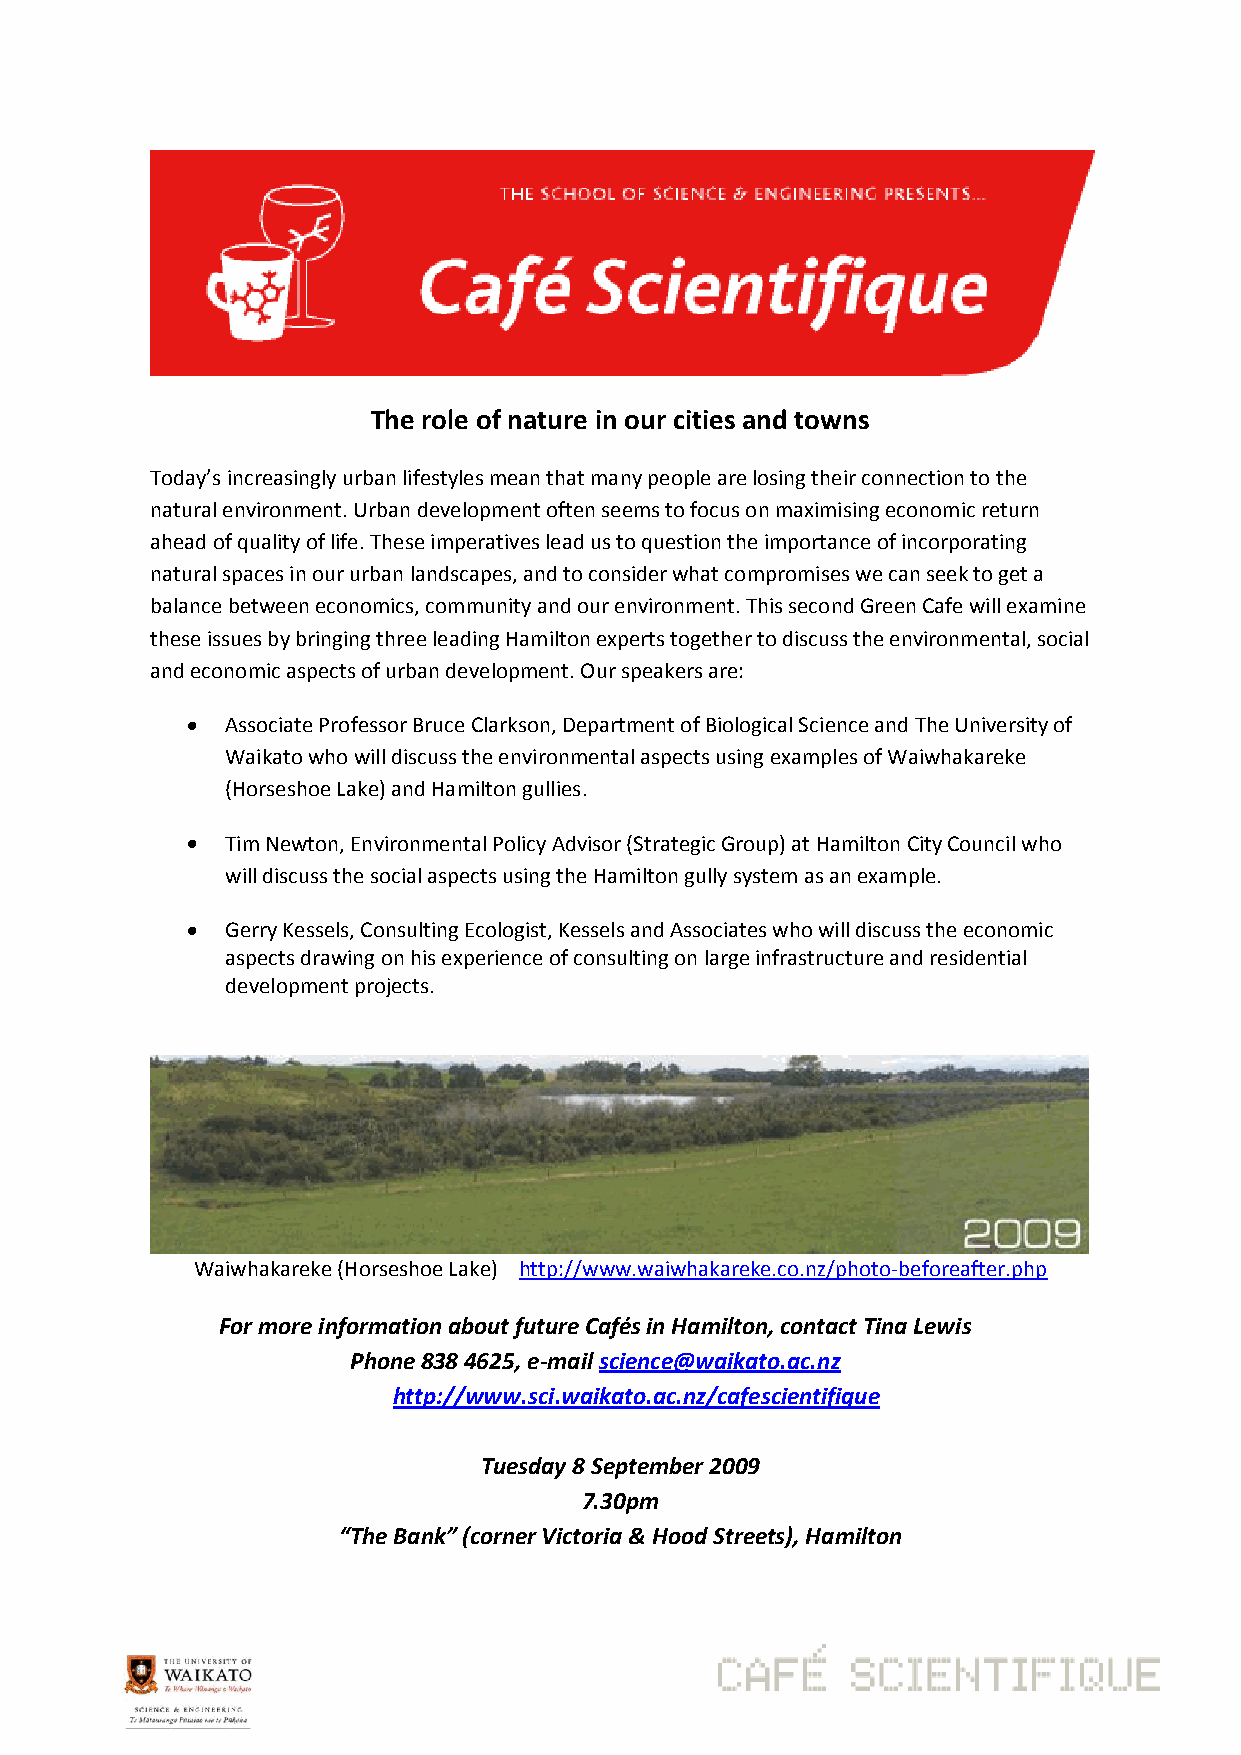
The role of nature in our cities and towns
 Today’s increasingly urban lifestyles mean that many people are losing their connection to the
 natural environment. Urban development often seems to focus on maximising economic return
 ahead of quality of life. These imperatives lead us to question the importance of incorporating
 natural spaces in our urban landscapes, and to consider what compromises we can seek to get a
 balance between economics, community and our environment. This second Green Cafe will examine
 these issues by bringing three leading Hamilton experts together to discuss the environmental, social
 and economic aspects of urban development. Our speakers are:
 Associate Professor Bruce Clarkson, Department of Biological Science and The University of
 Waikato who will discuss the environmental aspects using examples of Waiwhakareke
 (Horseshoe Lake) and Hamilton gullies.
 Tim Newton, Environmental Policy Advisor (Strategic Group) at Hamilton City Council who
 will discuss the social aspects using the Hamilton gully system as an example.
 Gerry Kessels, Consulting Ecologist, Kessels and Associates who will discuss the economic
 aspects drawing on his experience of consulting on large infrastructure and residential
 development projects.
 Waiwhakareke (Horseshoe Lake) http://www.waiwhakareke.co.nz/photo-beforeafter.php
 For more information about future Cafés in Hamilton, contact Tina Lewis
 Phone 838 4625, e-mail science@waikato.ac.nz
 http://www.sci.waikato.ac.nz/cafescientifique
 Tuesday 8 September 2009
 7.30pm
 “The Bank” (corner Victoria & Hood Streets), Hamilton